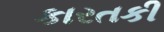
કારતકી